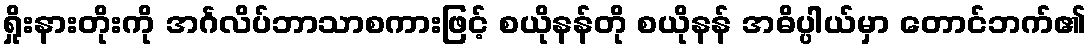
ရှိုးနားတိုးကို အင်္ဂလိပ်ဘာသာစကားဖြင့် စယိုနန်တို စယိုနန် အဓိပ္ပါယ်မှာ တောင်ဘက်၏